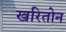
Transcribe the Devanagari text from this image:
खरितोन